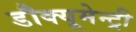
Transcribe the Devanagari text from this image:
डौक्यूमेन्ट्री